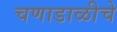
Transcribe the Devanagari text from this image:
चणाडाळीचे